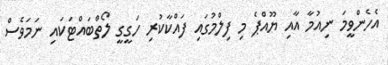
އެހެންވީމަ ނިއުމާ އާއި ޔޫއްޕެ މި ފިލްމުގައި ފައްކާކުރި ހަގީގީ ލޯތްބައްޓަކައި ނަމަވެސް